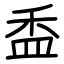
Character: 盉